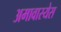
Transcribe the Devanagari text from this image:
अमावास्येस